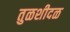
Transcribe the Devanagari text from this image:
तुळशीदळ